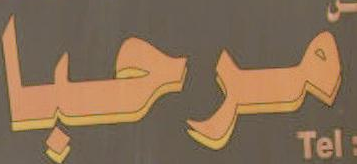
مرحبا